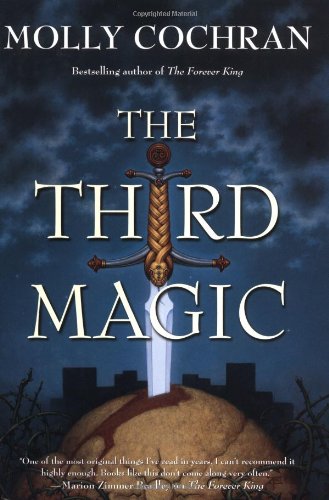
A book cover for The Third Magic; Molly Cochran; Science Fiction & Fantasy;